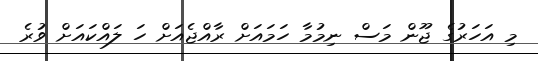
މި އަހަރުގެ ޖޫން މަސް ނިމުމާ ހަމައަށް ރާއްޖެއަށް ހަ ލައްކައަށް ވުރެ